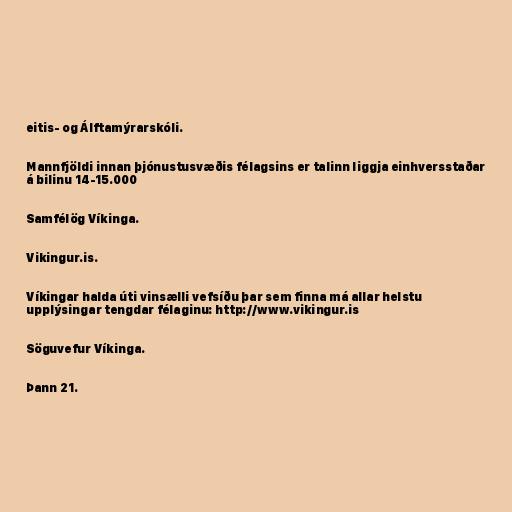
eitis- og Álftamýrarskóli.

Mannfjöldi innan þjónustusvæðis félagsins er talinn liggja einhversstaðar
á bilinu 14-15.000

Samfélög Víkinga.

Vikingur.is.

Víkingar halda úti vinsælli vefsíðu þar sem finna má allar helstu
upplýsingar tengdar félaginu: http://www.vikingur.is

Söguvefur Víkinga.

Þann 21.